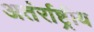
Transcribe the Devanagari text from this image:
अतंर्राष्ट्रीय